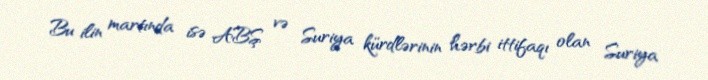
Bu ilin martında isə ABŞ və Suriya kürdlərinin hərbi ittifaqı olan Suriya